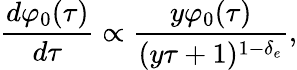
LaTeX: \frac{d\varphi_{0}(\tau)}{d\tau}\propto\frac{y\varphi_{0}(\tau)}{(y\tau+1)^{1-\delta_{e}}},